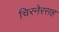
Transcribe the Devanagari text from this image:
चिरनेरसह